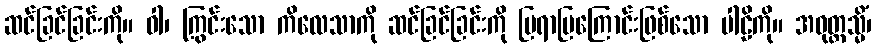
ဆင်ခြင်ခြင်းကို။ ဝါ၊ ကြွင်းသော ကိလေသာကို ဆင်ခြင်ခြင်းကို ပြရာပြကြောင်းဖြစ်သော ပါဠိကို။ အဝုတ္တသ္မိံ၊